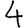
Digit: 4